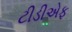
ટીડીએફ